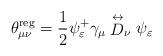
LaTeX: \begin{align*}\theta _{\mu \nu }^{{\rm reg}}=\frac 12\psi _\varepsilon ^{+}\gamma _\mu\stackrel{\leftrightarrow }{D}_\nu \psi _\varepsilon \end{align*}